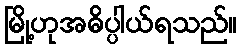
မြို့ဟုအဓိပ္ပါယ်ရသည်။